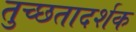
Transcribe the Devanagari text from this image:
तुच्छतादर्शक